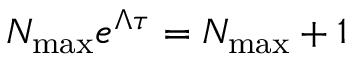
N _ { \operatorname* { m a x } } e ^ { \Lambda \tau } = N _ { \operatorname* { m a x } } + 1